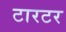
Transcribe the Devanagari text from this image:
टारटर